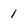
Character: 1